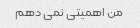
من اهمیتی نمی دهم